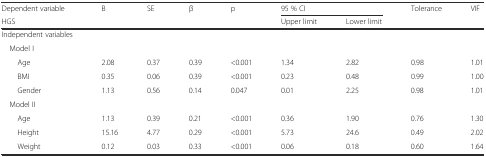
| Dependent variable | <ROWSPAN=2> B | <ROWSPAN=2> SE | <ROWSPAN=2> β | <ROWSPAN=2> p | <COLSPAN=2> 95 % CI | <ROWSPAN=2> Tolerance | <ROWSPAN=2> VIF |
 | HGS | Upper limit | Lower limit |
 | --- | --- | --- | --- | --- | --- | --- | --- | --- |
 | Independent variables | <ROWSPAN=2-COLSPAN=8>  |
 | Model I |
 | Age | 2.08 | 0.37 | 0.39 | <0.001 | 1.34 | 2.82 | 0.98 | 1.01 |
 | BMI | 0.35 | 0.06 | 0.39 | <0.001 | 0.23 | 0.48 | 0.99 | 1.00 |
 | Gender | 1.13 | 0.56 | 0.14 | 0.047 | 0.01 | 2.25 | 0.98 | 1.01 |
 | Model II |  |  |  |  |  |  |  |  |
 | Age | 1.13 | 0.39 | 0.21 | <0.001 | 0.36 | 1.90 | 0.76 | 1.30 |
 | Height | 15.16 | 4.77 | 0.29 | <0.001 | 5.73 | 24.6 | 0.49 | 2.02 |
 | Weight | 0.12 | 0.03 | 0.33 | <0.001 | 0.06 | 0.18 | 0.60 | 1.64 |